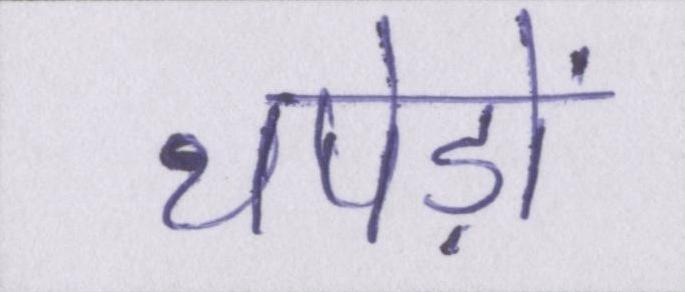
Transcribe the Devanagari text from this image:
थपेड़ों